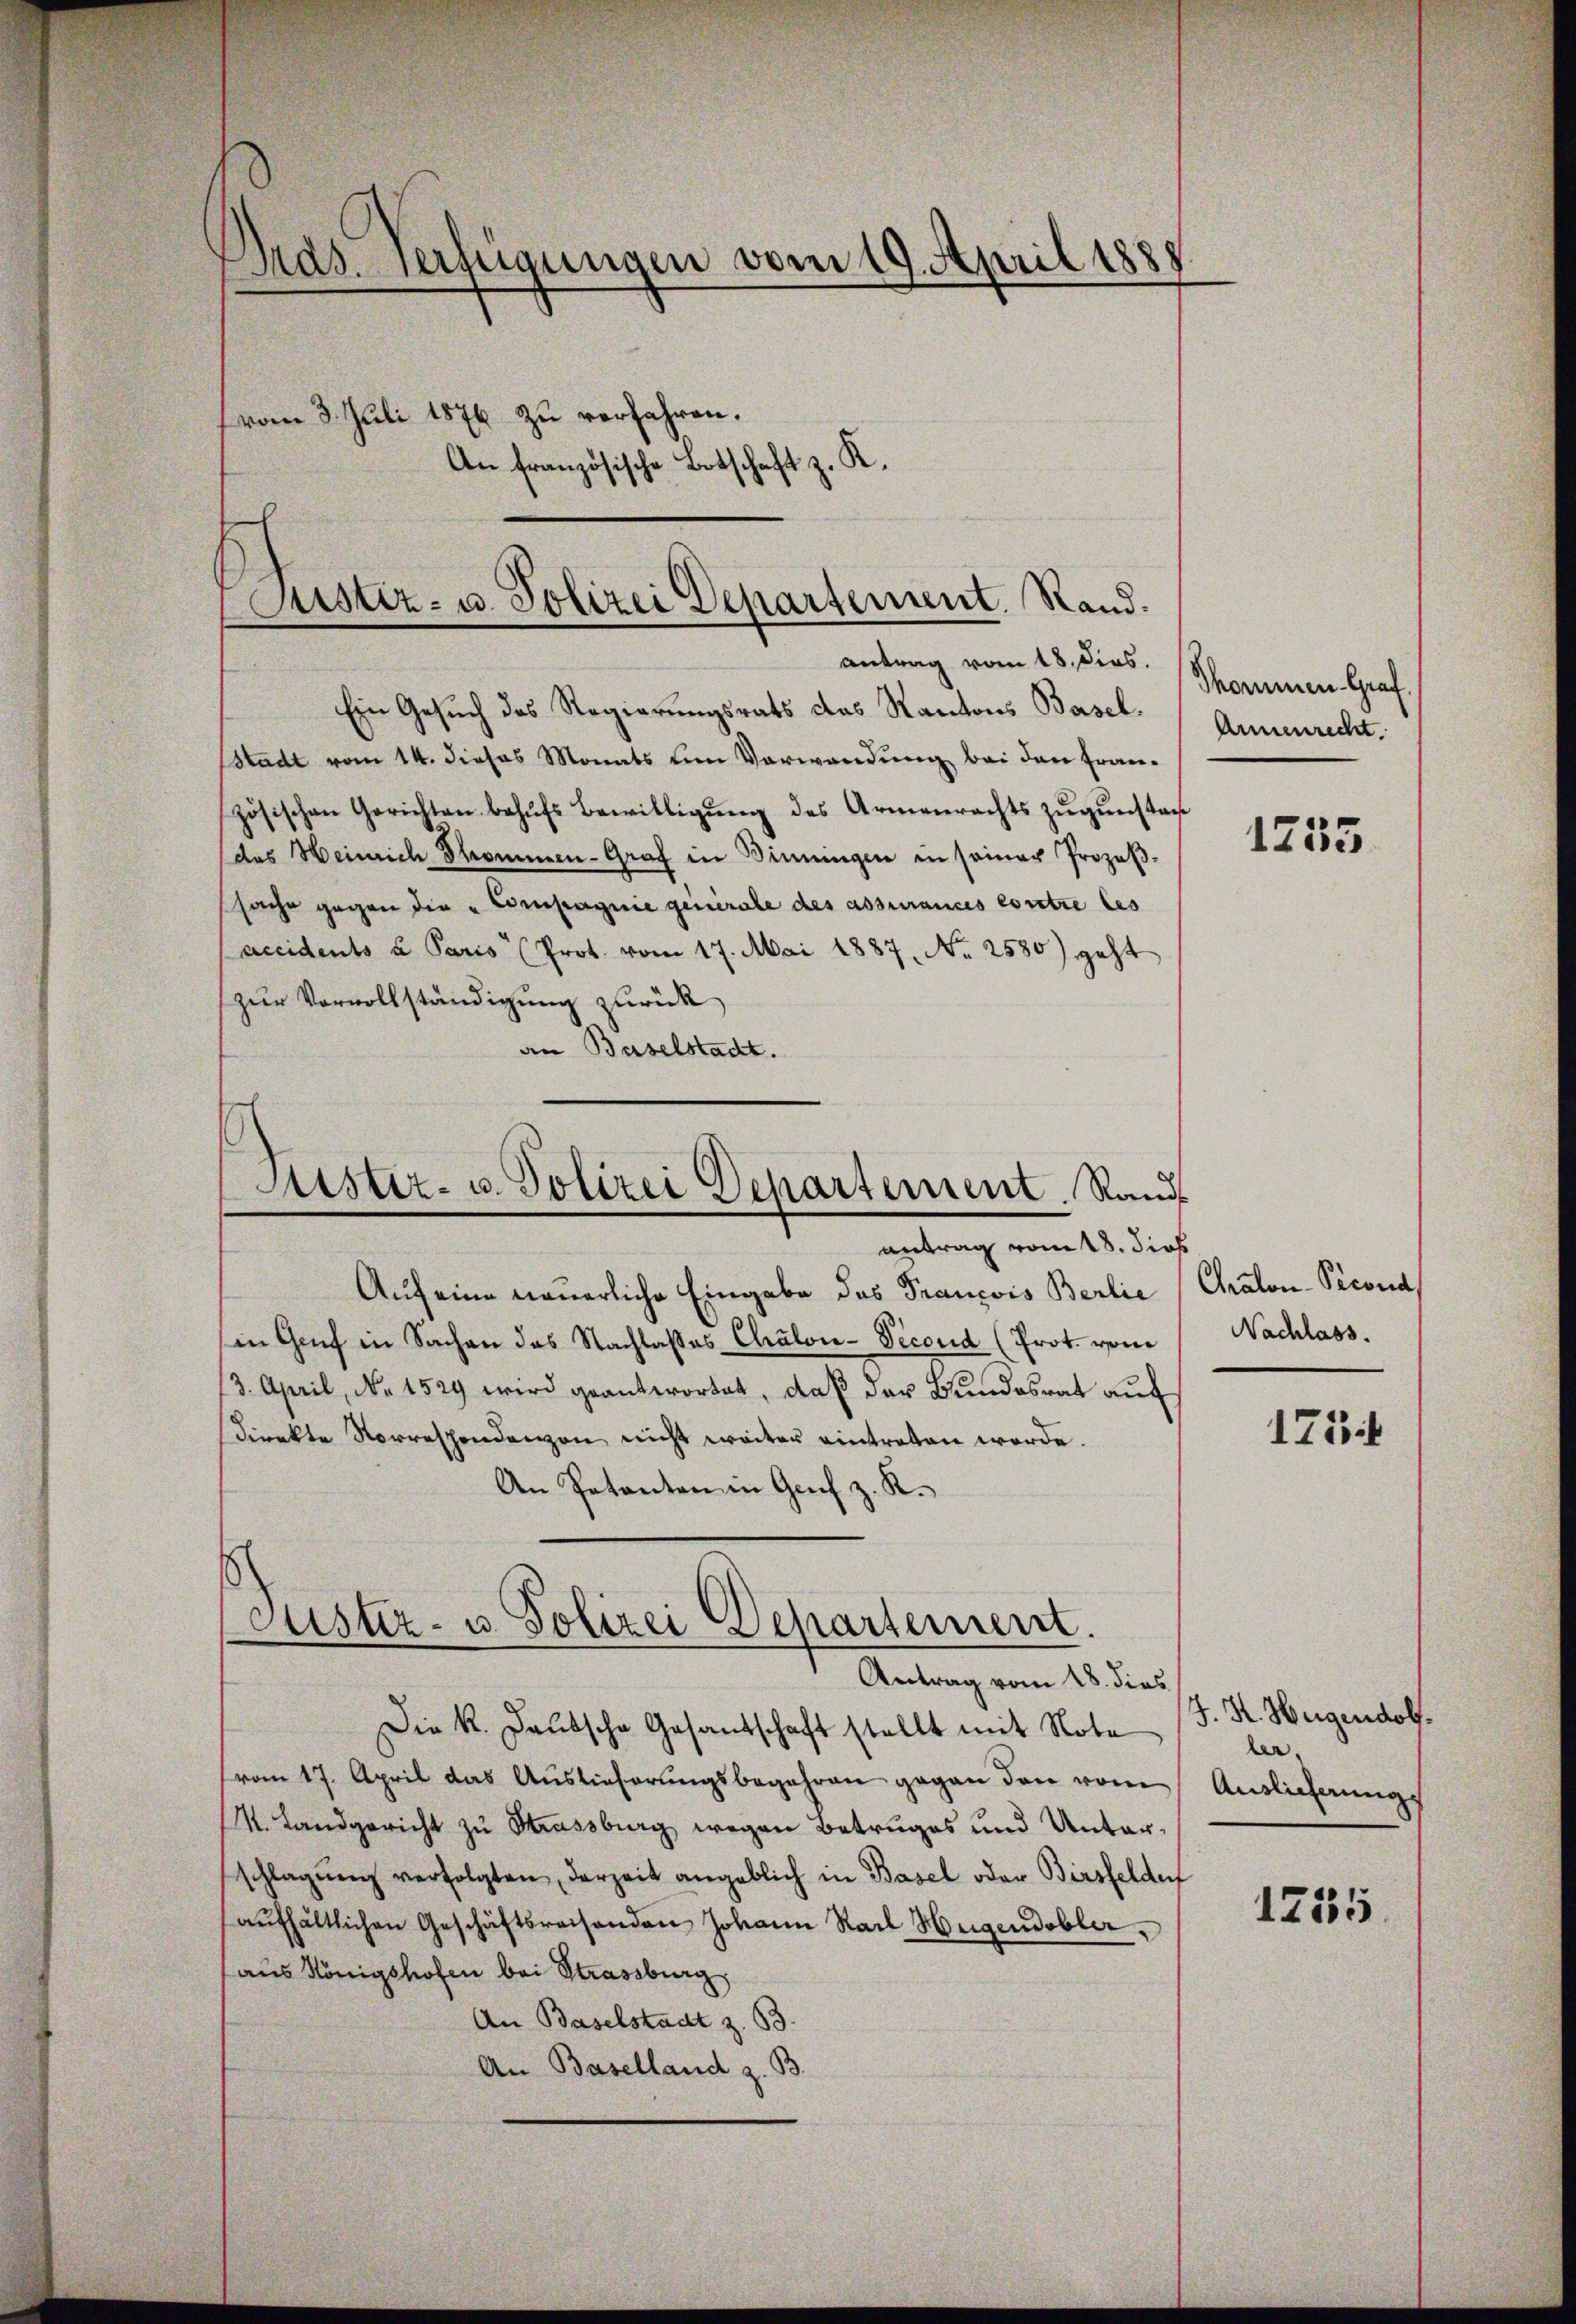
Pras. Verfügungen vom 19. April 18
vom 3. Juli 1876 zu verfahren.
An französische Botschaft z. K.

Justiz- u. Polizei Departement. Rand.
antrag vom 18. dies.

Ein Gesuch des Regierungsrats das Kantons Baselsstadt vom 14. dieses Monats um Verwandung bei den Französischen Gerichten behufs Bewilligung des Armenrechts zugunstan
des Heinrich Thommen-Graf in Dinningen in seiner Prozeβ-
sache gegen die Compagnie generale des assurances contre les
accidents u Paris Prot. vom 17. Mai 1887, No 2580) geht
zur Vervollständigung zurück
an Baselstadt.

Justiz- u. Polizei Departement. Rand
antrag vom 18. dies

Auf eine neuerliche Eingabe das Prancois Berlie
in Genf in Sachen das Nachlasses Chalon-Second (Prot. von
(3. April, No 1529 wird geantwortet, daß der Bundesrat auf
direkte Vorrespondenzen nicht weiter eintreten werde.
An Potanten in Genf z. R.
Die k. Deutsche Gesandschaft stellt mit Note (s. S. Weigendob
vom 17. April das Auslieferungsbegehren gegen den vom
. Landgericht zu Strassburg wegen Betruges und Unterschlagung verfolgten, derzeit angeblich in Basel oder Birsfelder
aŭfhältlichen Geschäftsreisenden Johann Karl Hugendobler,
aus Königshofen bei Strassburg
An Baselstadt z. B.
An Baselland z. B.

Justiz- u. Polizei Departement.
Antrag vom 18. dies

Thommen Graf.
Armenrecht.

1755

Chraton-Picond
Nachlass.
1754

ler.
Auslieferung

1755